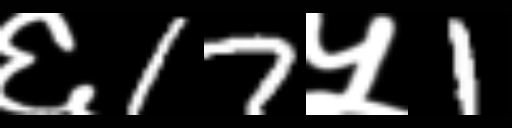
Text: ६17५1